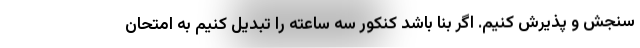
سنجش و پذیرش کنیم. اگر بنا باشد کنکور سه ساعته را تبدیل کنیم به امتحان